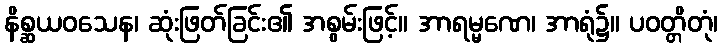
နိစ္ဆယဝသေန၊ ဆုံးဖြတ်ခြင်း၏ အစွမ်းဖြင့်။ အာရမ္မဏေ၊ အာရုံ၌။ ပဝတ္တိတုံ၊